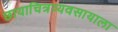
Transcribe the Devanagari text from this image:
छायाचित्रव्यवसायाला